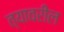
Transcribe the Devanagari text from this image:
त्‍यावरील